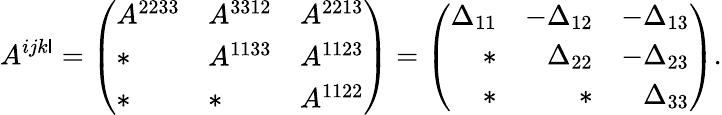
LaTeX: A^{ijk\mathsf{l}}=\left(\begin{array}{lll}{A^{2233}}&{A^{3312}}&{A^{2213}}\\ {*}&{A^{1133}}&{A^{1123}}\\ {*}&{*}&{A^{1122}}\end{array}\right)=\left(\begin{array}{rrr}{\Delta_{11}}&{-\Delta_{12}}&{-\Delta_{13}}\\ {*}&{\Delta_{22}}&{-\Delta_{23}}\\ {*}&{*}&{\Delta_{33}}\end{array}\right).